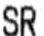
SR